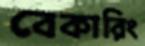
বেকারিং